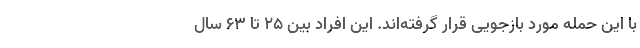
با این حمله مورد بازجویی قرار گرفته‌اند. این افراد بین ۲۵ تا ۶۳ سال